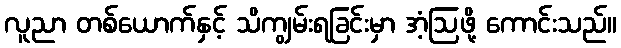
လူညာ တစ်ယောက်နှင့် သိကျွမ်းရခြင်းမှာ အံ့ဩဖို့ ကောင်းသည်။